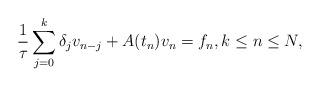
LaTeX: \begin{align*}\frac1\tau \sum_{j=0}^k \delta_j v_{n-j} + A(t_n) v_n = f_n,k\le n\le N ,\end{align*}